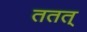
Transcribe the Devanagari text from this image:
ततत्‌